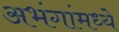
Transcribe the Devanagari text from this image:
अभंगांमध्ये